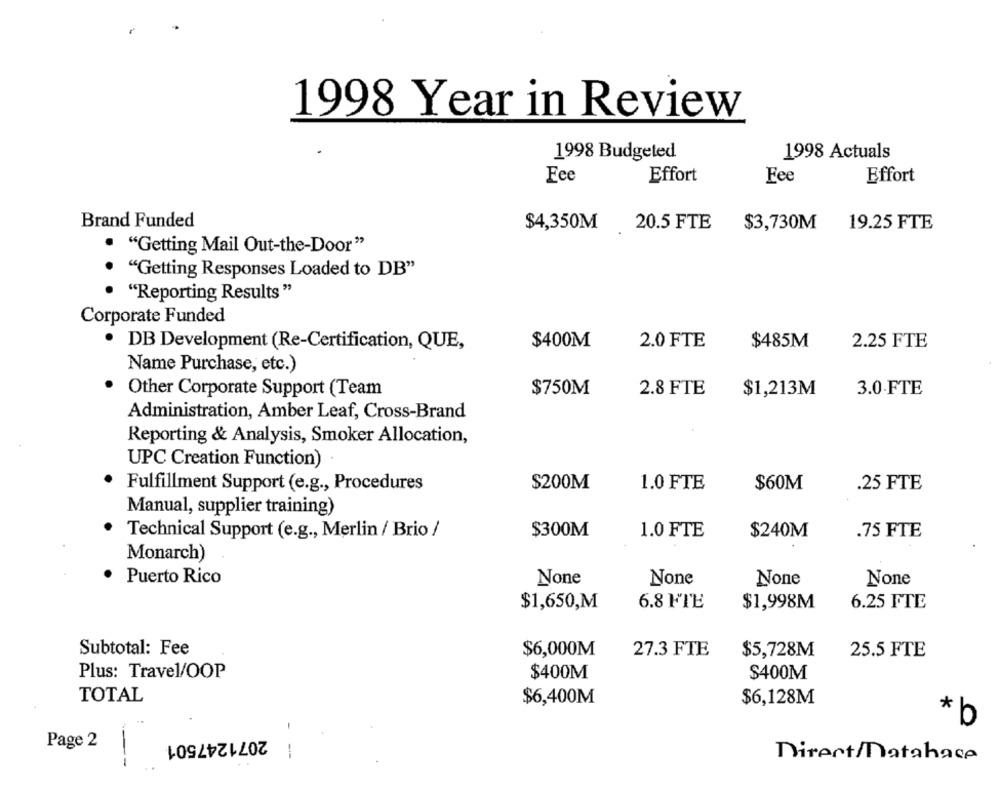
1998 Year in Review
1998 Budgeted
1998 Actuals
Fee
Effort
Fee
Effort
Brand Funded
$4,350M
20.5 FTE
$3,730M
19.25 FTE
"Getting Mail Out-the-Door"
"Getting Responses Loaded to DB"
"Reporting Results"
Corporate Funded
· DB Development (Re-Certification, QUE,
$400M
2.0 FTE
$485M
2.25 FTE
Name Purchase, etc.)
Other Corporate Support (Team
$750M
2.8 FTE
$1,213M
3.0.FTE
Administration, Amber Leaf, Cross-Brand
Reporting & Analysis, Smoker Allocation,
UPC Creation Function)
Fulfillment Support (e.g ., Procedures
$200M
1.0 FTE
$60M
.25 FTE
Manual, supplier training)
Technical Support (e.g ., Merlin / Brio /
$300M
1.0 FTE
$240M
.75 FTE
Monarch)
Puerto Rico
$1,650,M
6.8 FTE
$1,998M
6.25 FTE
Subtotal: Fee
$6,000M
27.3 FTE
$5,728M
25.5 FTE
Plus: Travel/OOP
$400M
$400M
TOTAL
$6,400M
$6,128M
-
*b
Page 2
2071247501
-
Direct/Database
--